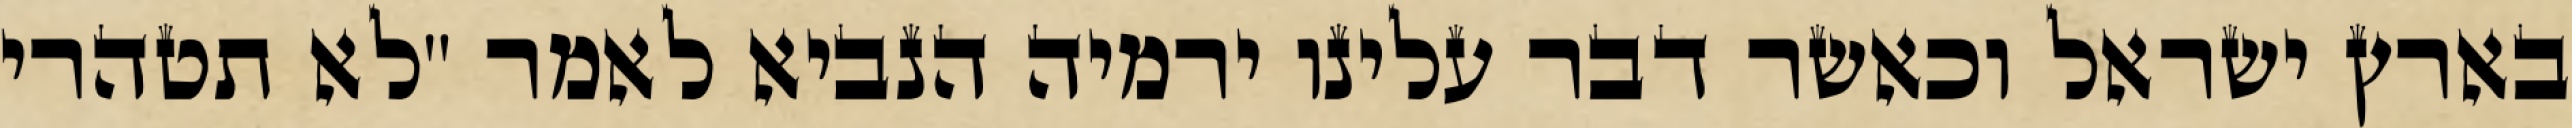
בארץ ישראל וכאשר דבר עלינו ירמיה הנביא לאמר "לא תטהרי